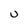
Character: U